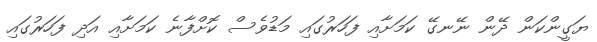
ޔަގީންކަން ދޭން ނޭނގޭ ކަމަށާއި ފަހަރުގައި މަޑުވެސް ކޮށްފާނެ ކަމަށާއި އަދި ފަހަރުގައި